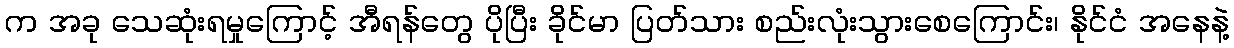
က အခု သေဆုံးရမှုကြောင့် အီရန်တွေ ပိုပြီး ခိုင်မာ ပြတ်သား စည်းလုံးသွားစေကြောင်း၊ နိုင်ငံ အနေနဲ့